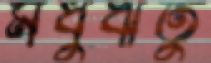
মধুঋতু